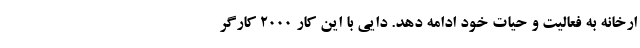
ارخانه به فعالیت و حیات خود ادامه دهد. دایی با این کار ۲۰۰۰ کارگر